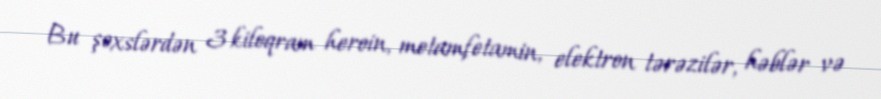
Bu şəxslərdən 3 kiloqram heroin, metamfetamin, elektron tərəzilər, həblər və